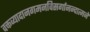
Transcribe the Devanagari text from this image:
वक्तव्यादानगमनविसर्गानन्दात्मने